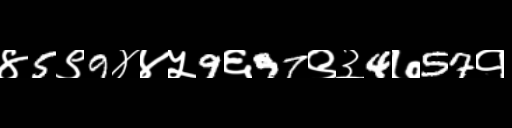
Text: ४5९9४४५9६97९३4७57१